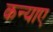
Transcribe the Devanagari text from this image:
कन्याए